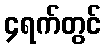
၄ရက်တွင်